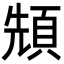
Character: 𩒙